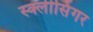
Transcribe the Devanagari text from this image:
स्क्लीसिंगर